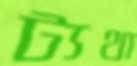
ট্যথা